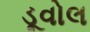
ડૂવોલ